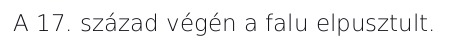
A 17. század végén a falu elpusztult.